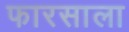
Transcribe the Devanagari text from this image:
फारसाला